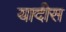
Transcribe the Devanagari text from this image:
यादीस